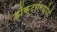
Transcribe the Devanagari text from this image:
डॉक्‍टरांमध्येही